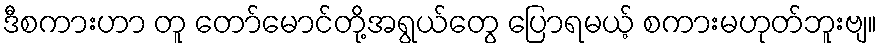
ဒီစကားဟာ တူ တော်မောင်တို့အရွယ်တွေ ပြောရမယ့် စကားမဟုတ်ဘူးဗျ။